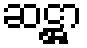
ဆဋ္ဌာ